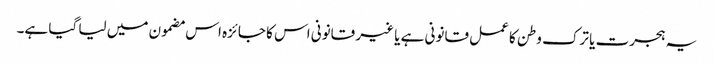
یہ ہجرت یا ترک وطن کا عمل قانونی ہے یا غیر قانونی اس کا جائزہ اس مضمون میں لیا گیا ہے۔